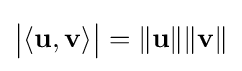
{\bigl |}\langle \mathbf {u} ,\mathbf {v} \rangle {\bigr |}=\|\mathbf {u} \|\|\mathbf {v} \|